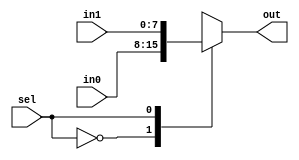
module mux2x1 #(parameter N=8)
(input [N-1:0]in0,in1,
input sel,
output reg[N-1:0] out);

always @(*)
	case(sel)
		1'h0 : out = in0;
		1'h1 : out = in1;
		default : out = 0;
	endcase

endmodule